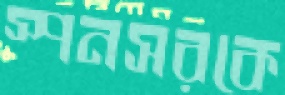
স্পনসরকে